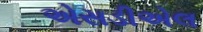
એસડીએલ